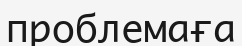
проблемаға